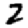
Digit: 2